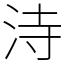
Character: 洔